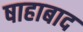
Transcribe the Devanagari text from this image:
षाहाबाद